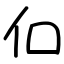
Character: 㐰